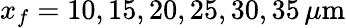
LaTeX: x_{f}=10,15,20,25,30,35\, \mu\mathrm{m}